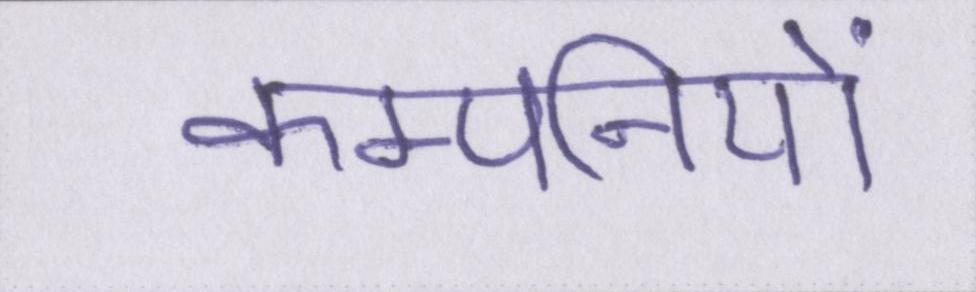
कम्पनियों